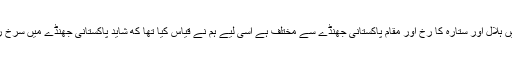
ترکی کے جھنڈے میں‌ ہلال اور ستارہ کا رخ اور مقام پاکستانی جھنڈے سے مختلف ہے اسی لیے ہم نے قیاس کیا تھا کھ شاید پاکستانی جھنڈے میں سرخ رنگ بھر دیا گیا ہے۔